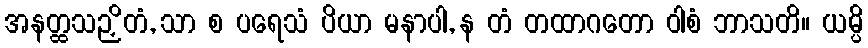
အနတ္ထသဉှိတံ, သာ စ ပရေသံ ပိယာ မနာပါ, န တံ တထာဂတော ဝါစံ ဘာသတိ။ ယမ္ပိ